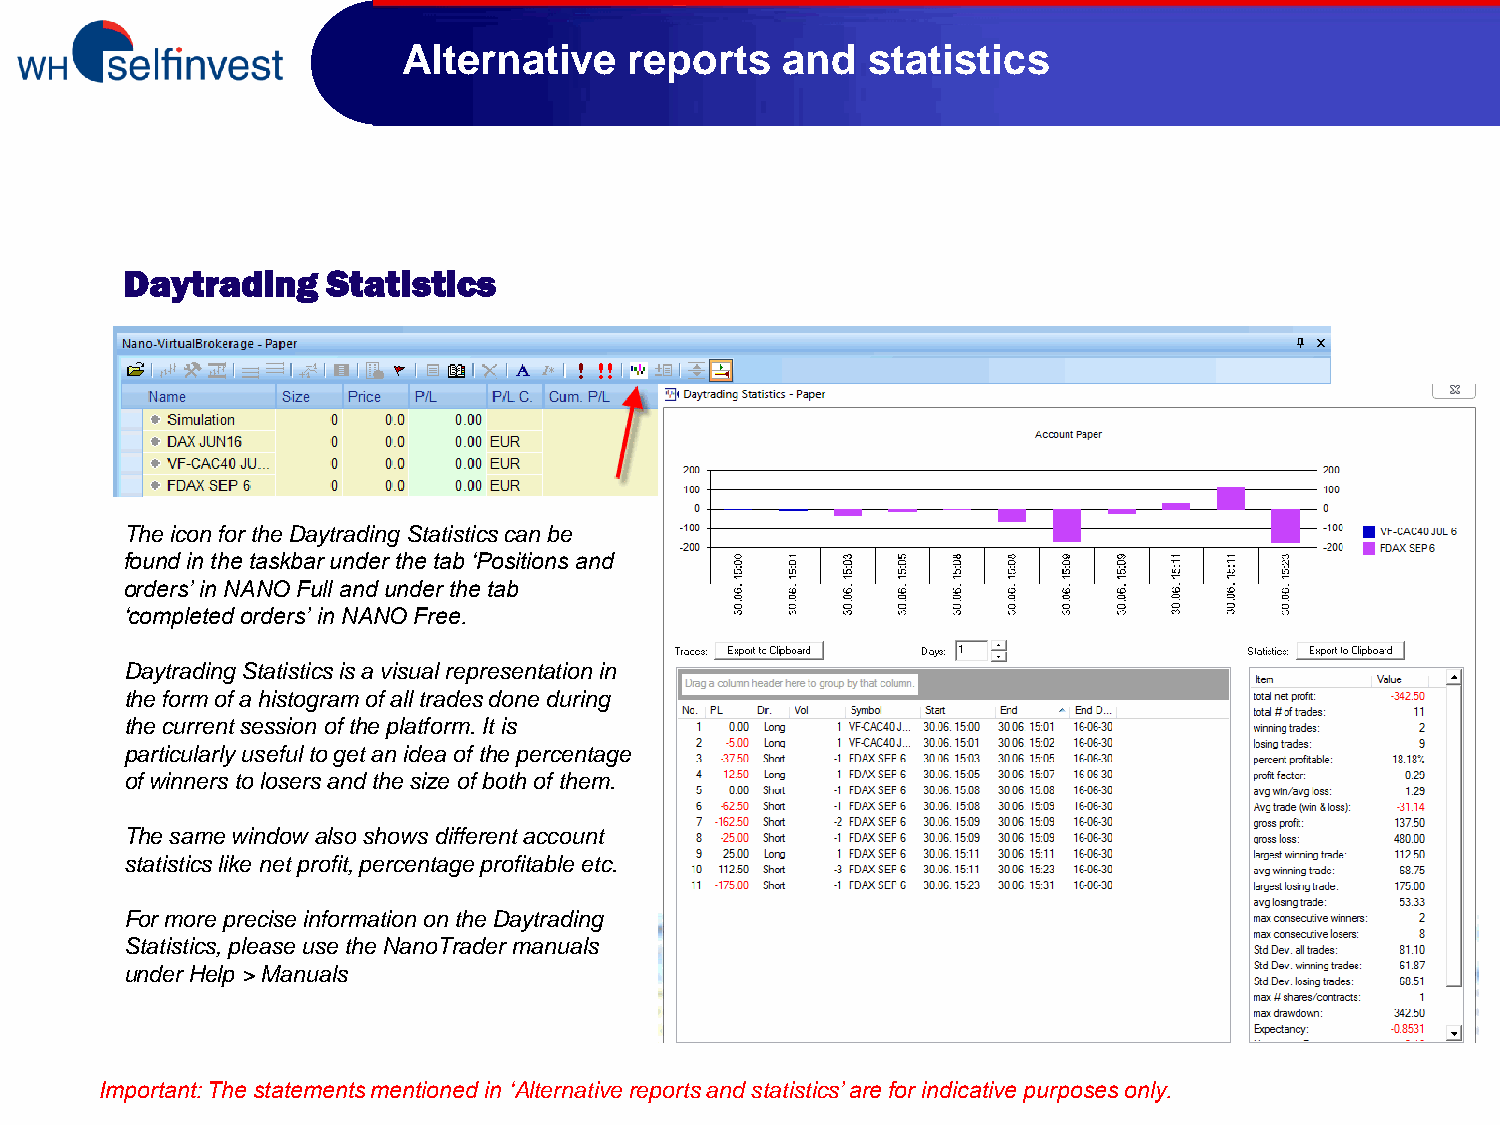
Alternative    reports   and   statistics
 Daytrading    Statistics
 The icon for the Daytrading Statistics can be
 found in the taskbar under the tab ‘Positions and
 orders’ in NANO Full and under the tab
 ‘completed orders’ in NANO Free.
 Daytrading Statistics is a visual representation in
 the form of a histogram of all trades done during
 the current session of the platform. It is
 particularly useful to get an idea of the percentage
 of winners to losers and the size of both of them.
 The same window also shows different account
 statistics like net profit, percentage profitable etc.
 For more precise information on the Daytrading
 Statistics, please use the NanoTrader manuals
 under Help > Manuals
 Important: The statements mentioned in ‘Alternative reports and statistics’ are for indicative purposes only.